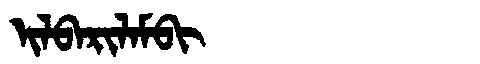
Manchu: ᡳᠯᠪᠠᡵᡳᠯᠠᠮᠪᡳ
Romanization: ILBARILAMBI